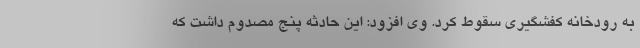
به رودخانه کفشگیری سقوط کرد. وی افزود: این حادثه پنج مصدوم داشت که